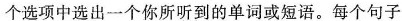
个选项中选出一个你所听到的单词或短语。每个句子